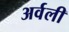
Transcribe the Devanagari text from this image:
अर्वली